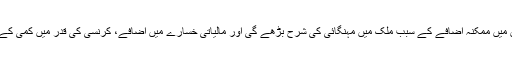
اسٹیٹ بینک کا کہنا ہے کہ بجلی اور گیس کی قیمتوں میں ممکنہ اضافے کے سبب ملک میں مہنگائی کی شرح بڑھے گی اور مالیاتی خسارے میں اضافے، کرنسی کی قدر میں کمی کے سبب ملک میں شرح سود میں اضافہ کیا جا رہا ہے۔